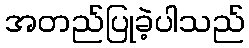
အတည်ပြုခဲ့ပါသည်